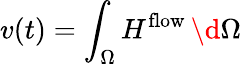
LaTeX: v(t)=\int_{\Omega}H^{\mathrm{flow}}\, \d\Omega